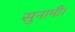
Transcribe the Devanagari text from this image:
सुनामी।